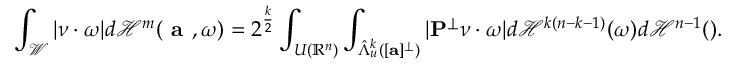
\int _ { \mathcal W } | \boldsymbol { \nu } \cdot \boldsymbol { \omega } | d \mathcal H ^ { m } ( \textbf { a } , \boldsymbol { \omega } ) = 2 ^ { \frac { k } { 2 } } \int _ { { \cal U } ( \mathbb R ^ { n } ) } \int _ { \hat { \Lambda } _ { u } ^ { k } ( [ { \bf a } ] ^ { \perp } ) } | { \bf P } _ { \aa } ^ { \perp } \boldsymbol { \nu } \cdot \boldsymbol { \omega } | d \mathcal H ^ { k ( n - k - 1 ) } ( \boldsymbol { \omega } ) d \mathcal H ^ { n - 1 } ( \aa ) .